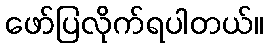
ဖော်ပြလိုက်ရပါတယ်။